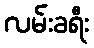
လမ်းခရီး